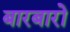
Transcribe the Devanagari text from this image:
बारबारो